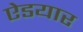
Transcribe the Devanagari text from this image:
ऐडयार